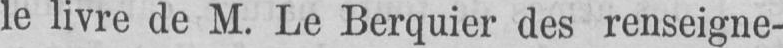
le livre de M. Le Berquier des renseigne-